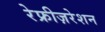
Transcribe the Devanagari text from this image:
रेफ्रीज़रेशन